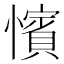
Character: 𢣐